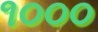
૧૦૦૦